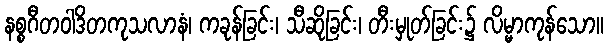
နစ္စဂီတဝါဒိတကုသလာနံ၊ ကခုန်ခြင်း၊ သီဆိုခြင်း၊ တီးမှုတ်ခြင်း၌ လိမ္မာကုန်သော။